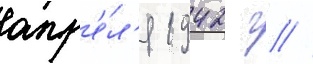
апр'е́л'я 1942 г //